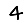
Digit: 4